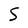
Character: S